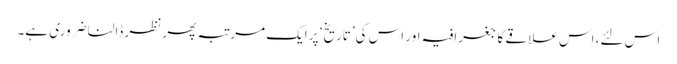
اس لئے، اس علاقے کا جغرافیہ اور اس کی’تاریخ‘ پر ایک مرتبہ پھر نظر ڈالنا ضروری ہے۔